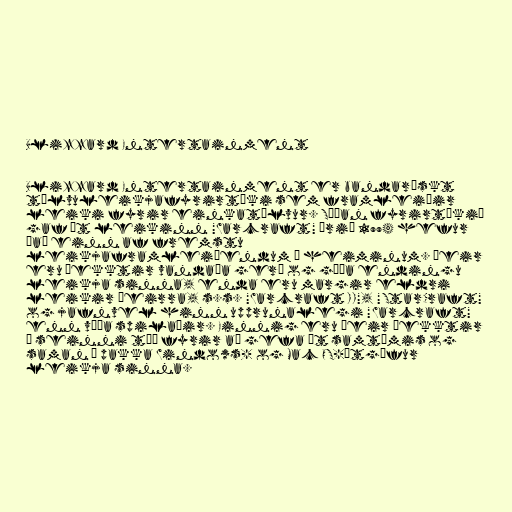
Blizzard Entertainment

Blizzard Entertainment er bandarískt
tölvuleikjafyrirtæki sem framleiðir
leiki fyrir einkatölvur. Síðan fyrirtækið
gaf út leikinn "Warcraft" árið 1994 hefur
það einn af fremstu
leikjaframleiðendum í heiminum. Þeir
eru þekktir vandaða gerð og góða endingu
leikja sinna, enda eru margir eldri
leikir þeirra, s.s. "Warcraft II", "StarCraft"
og jafnvel hinn upprunalegi "Warcraft"
enn víða spilaðir. Einnig eru þeir þekktir
í seinni tíð fyrir að gefa út samtímis og
saman í pakka Windows- og Mac OS-útgáfur
leikja sinna.